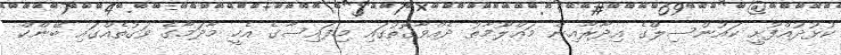
ކުޅުދުއްފުށީ ކައުންސިލްގެ އިދާރާއިން މަޢްލޫމާތު ދެއްވާގޮތުގައި މިފައިސާގެ އެހީ މާދަމާގެ ވަގުތެއްގައި ބޭންކް